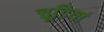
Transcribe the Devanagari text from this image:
चूडियां